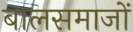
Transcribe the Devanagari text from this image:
बालसमाजों